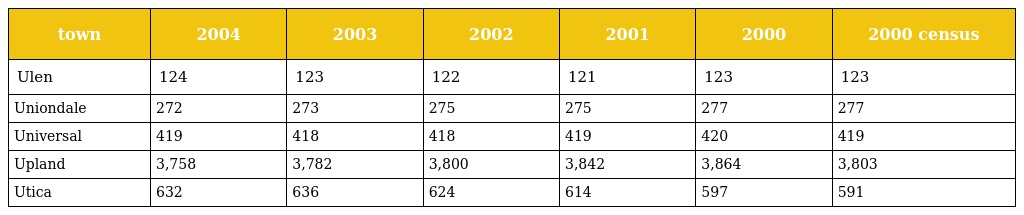
| town | 2004 | 2003 | 2002 | 2001 | 2000 | 2000 census |
 | --- | --- | --- | --- | --- | --- | --- |
 | Ulen | 124 | 123 | 122 | 121 | 123 | 123 |
 | Uniondale | 272 | 273 | 275 | 275 | 277 | 277 |
 | Universal | 419 | 418 | 418 | 419 | 420 | 419 |
 | Upland | 3,758 | 3,782 | 3,800 | 3,842 | 3,864 | 3,803 |
 | Utica | 632 | 636 | 624 | 614 | 597 | 591 |